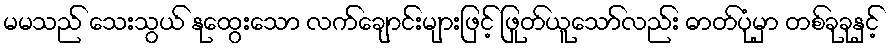
မမသည် သေးသွယ် နုထွေးသော လက်ချောင်းများဖြင့် ဖြုတ်ယူသော်လည်း ဓာတ်ပုံမှာ တစ်ခုခုနှင့်